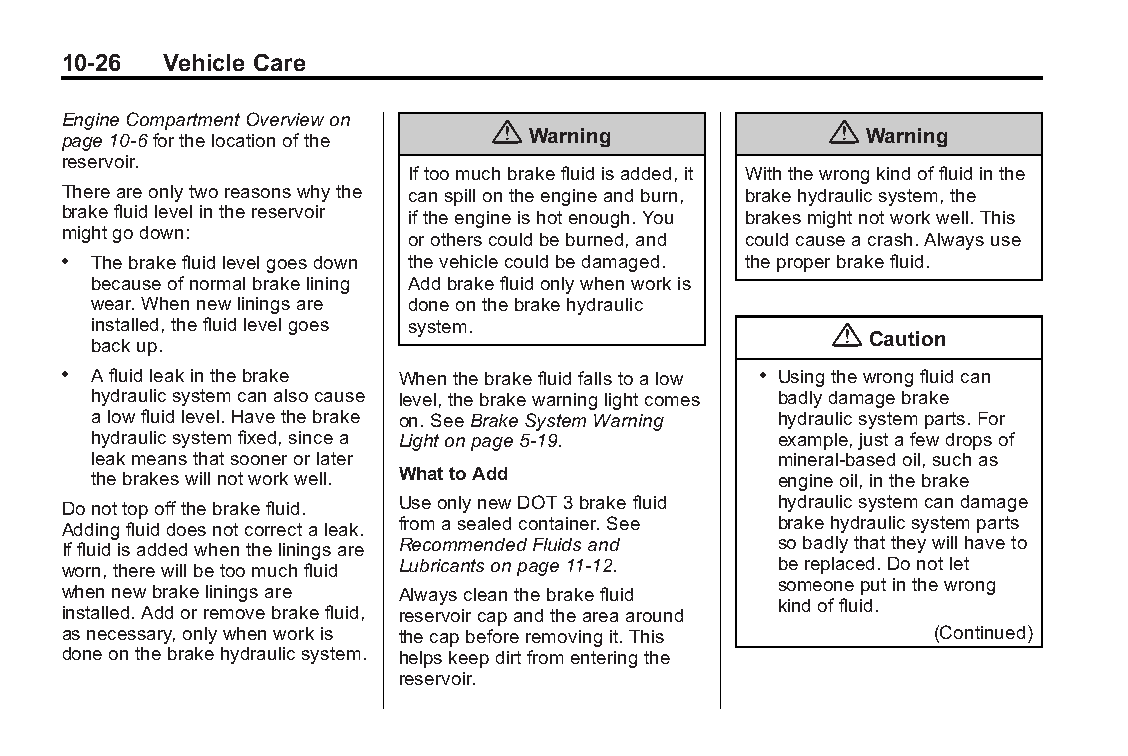
Buick LaCrosse Owner Manual (GMNA-Localizing-U.S./Canada/Mexico- Blackplate(26,1)
 6043609)-2014-2ndEdition-10/17/13
 10-26  Vehicle Care
 EngineCompartmentOverviewon
 {                      {
 page10-6forthelocationofthe    Warning               Warning
 reservoir.
 Iftoomuchbrakefluidisadded,it Withthewrongkindoffluidinthe
 Thereareonlytworeasonswhythe canspillontheengineandburn, brakehydraulicsystem,the
 brakefluidlevelinthereservoir iftheengineishotenough.You brakesmightnotworkwell.This
 mightgodown:
 orotherscouldbeburned,and couldcauseacrash.Alwaysuse
 . Thebrakefluidlevelgoesdown thevehiclecouldbedamaged. theproperbrakefluid.
 becauseofnormalbrakelining Addbrakefluidonlywhenworkis
 wear.Whennewliningsare doneonthebrakehydraulic
 installed,thefluidlevelgoes system.              {
 Caution
 backup.
 . Afluidleakinthebrake Whenthebrakefluidfallstoalow . Usingthewrongfluidcan
 hydraulicsystemcanalsocause level,thebrakewarninglightcomes badlydamagebrake
 alowfluidlevel.Havethebrake on.SeeBrakeSystemWarning hydraulicsystemparts.For
 hydraulicsystemfixed,sincea Lightonpage5-19. example,justafewdropsof
 leakmeansthatsoonerorlater                   mineral-basedoil,suchas
 thebrakeswillnotworkwell. WhattoAdd          engineoil,inthebrake
 Donottopoffthebrakefluid. UseonlynewDOT3brakefluid hydraulicsystemcandamage
 Addingfluiddoesnotcorrectaleak. fromasealedcontainer.See brakehydraulicsystemparts
 Iffluidisaddedwhentheliningsare RecommendedFluidsand sobadlythattheywillhaveto
 worn,therewillbetoomuchfluid Lubricantsonpage11-12. bereplaced.Donotlet
 someoneputinthewrong
 whennewbrakeliningsare Alwayscleanthebrakefluid
 kindoffluid.
 installed.Addorremovebrakefluid, reservoircapandtheareaaround
 asnecessary,onlywhenworkis thecapbeforeremovingit.This    (Continued)
 doneonthebrakehydraulicsystem. helpskeepdirtfromenteringthe
 reservoir.